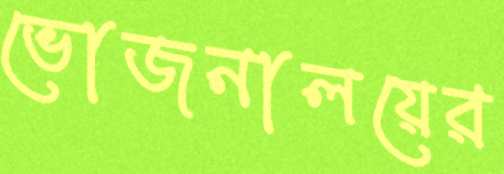
ভোজনালয়ের